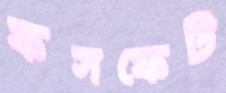
ফসফেট